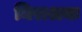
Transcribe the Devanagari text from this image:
निराश्रयः